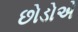
છોડોએ